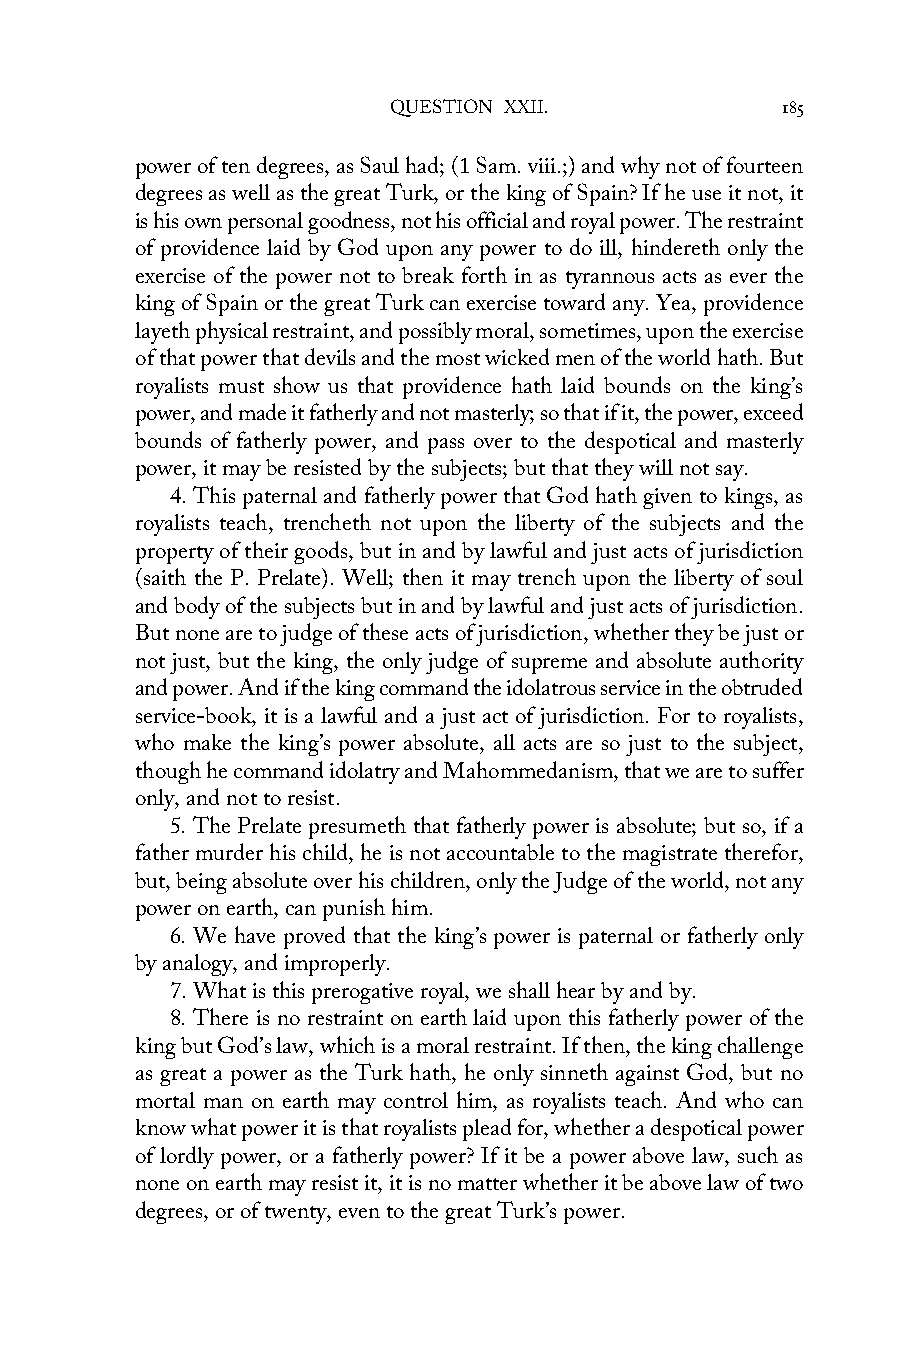
QUESTION XXII.            185
 power of ten degrees, as Saul had; (1 Sam. viii.;) and why not of fourteen
 degrees as well as the great Turk, or the king of Spain? If he use it not, it
 is his own personal goodness, not his official and royal power. The restraint
 of providence laid by God upon any power to do ill, hindereth only the
 exercise of the power not to break forth in as tyrannous acts as ever the
 king of Spain or the great Turk can exercise toward any. Yea, providence
 layeth physical restraint, and possibly moral, sometimes, upon the exercise
 of that power that devils and the most wicked men of the world hath. But
 royalists must show us that providence hath laid bounds on the king’s
 power, and made it fatherly and not masterly; so that if it, the power, exceed
 bounds of fatherly power, and pass over to the despotical and masterly
 power, it may be resisted by the subjects; but that they will not say.
 4. This paternal and fatherly power that God hath given to kings, as
 royalists teach, trencheth not upon the liberty of the subjects and the
 property of their goods, but in and by lawful and just acts of jurisdiction
 (saith the P. Prelate). Well; then it may trench upon the liberty of soul
 and body of the subjects but in and by lawful and just acts of jurisdiction.
 But none are to judge of these acts of jurisdiction, whether they be just or
 not just, but the king, the only judge of supreme and absolute authority
 and power. And if the king command the idolatrous service in the obtruded
 service-book, it is a lawful and a just act of jurisdiction. For to royalists,
 who make the king’s power absolute, all acts are so just to the subject,
 though he command idolatry and Mahommedanism, that we are to suffer
 only, and not to resist.
 5. The Prelate presumeth that fatherly power is absolute; but so, if a
 father murder his child, he is not accountable to the magistrate therefor,
 but, being absolute over his children, only the Judge of the world, not any
 power on earth, can punish him.
 6. We have proved that the king’s power is paternal or fatherly only
 by analogy, and improperly.
 7. What is this prerogative royal, we shall hear by and by.
 8. There is no restraint on earth laid upon this fatherly power of the
 king but God’s law, which is a moral restraint. If then, the king challenge
 as great a power as the Turk hath, he only sinneth against God, but no
 mortal man on earth may control him, as royalists teach. And who can
 know what power it is that royalists plead for, whether a despotical power
 of lordly power, or a fatherly power? If it be a power above law, such as
 none on earth may resist it, it is no matter whether it be above law of two
 degrees, or of twenty, even to the great Turk’s power.